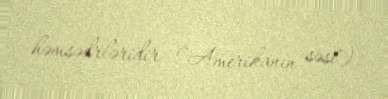
həmsədrləridir ("Amerikanın səsi").